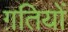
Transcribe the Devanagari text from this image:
ग़तियों